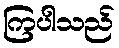
ကြပါသည်